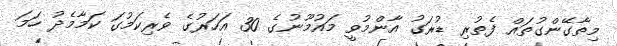
މިތާގޭންގުތައް ފެތުރި ޑުރަގު އާންމުވީ މައުމޫނުގެ 30 އަހަރުގެ ވެރިކަމުގަ ކަމާމެދު ހަމަ